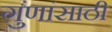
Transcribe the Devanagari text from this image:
गुंणांसाठी